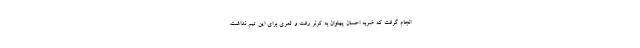
انجام گرفت که ضربه احسان پهلوان به کرنر رفت و ثمری برای این تیم نداشت.